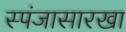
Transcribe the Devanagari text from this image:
स्पंजासारखा